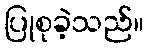
ပြုစုခဲ့သည်။